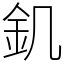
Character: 釠